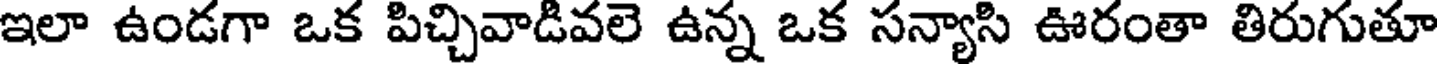
ఇలా ఉండగా ఒక పిచ్చివాడివలె ఉన్న ఒక సన్యాసి ఊరంతా తిరుగుతూ